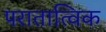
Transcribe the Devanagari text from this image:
परातात्विक